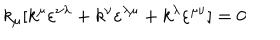
k _ { \mu } [ k ^ { \mu } \varepsilon ^ { \nu \lambda } + k ^ { \nu } \varepsilon ^ { \lambda \mu } + k ^ { \lambda } \varepsilon ^ { \mu \nu } ] = 0